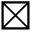
\boxtimes